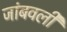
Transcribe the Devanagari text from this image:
जांबवली